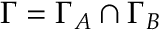
\Gamma = \Gamma _ { A } \cap \Gamma _ { B }